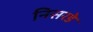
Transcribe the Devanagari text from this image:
निसरडे